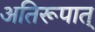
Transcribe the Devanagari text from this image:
अतिरूपात्